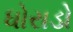
ધોરાડો